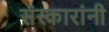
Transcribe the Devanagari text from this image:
संस्कारांनी